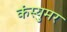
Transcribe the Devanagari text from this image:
कंस्युमर